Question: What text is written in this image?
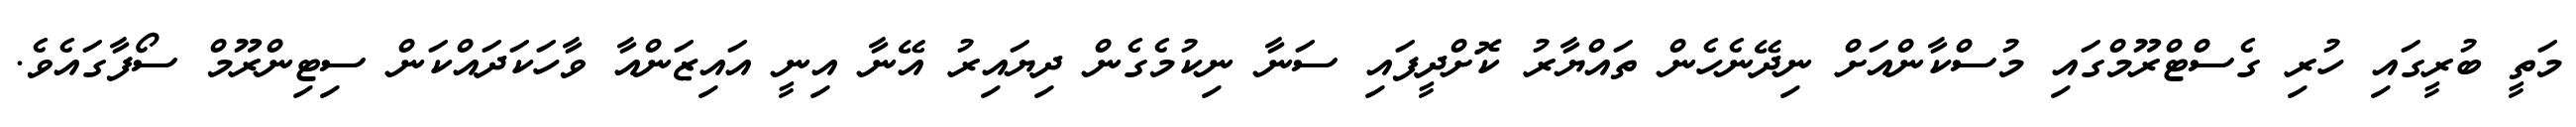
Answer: މަތީ ބުރީގައި ހުރި ގެސްޓްރޫމްގައި މުސްކާންއަށް ނިދޭނެހެން ތައްޔާރު ކޮށްދީފައި ސަނާ ނިކުމެގެން ދިޔައިރު އޭނާ އިނީ އައިޒަންއާ ވާހަކަދައްކަން ސިޓިންރޫމް ސޯފާގައެވެ.